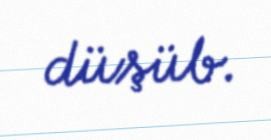
düşüb.